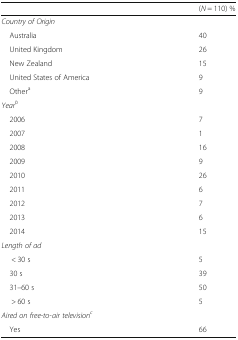
<table><thead><tr><td></td><td><b>(<i>N</i> = 110) %</b></td></tr></thead><tbody><tr><td colspan="2"><i>Country of Origin</i></td></tr><tr><td> Australia</td><td>40</td></tr><tr><td> United Kingdom</td><td>26</td></tr><tr><td> New Zealand</td><td>15</td></tr><tr><td> United States of America</td><td>9</td></tr><tr><td> Other<sup>a</sup></td><td>9</td></tr><tr><td colspan="2"><i>Year</i><sup><i>b</i></sup></td></tr><tr><td> 2006</td><td>7</td></tr><tr><td> 2007</td><td>1</td></tr><tr><td> 2008</td><td>16</td></tr><tr><td> 2009</td><td>9</td></tr><tr><td> 2010</td><td>26</td></tr><tr><td> 2011</td><td>6</td></tr><tr><td> 2012</td><td>7</td></tr><tr><td> 2013</td><td>6</td></tr><tr><td> 2014</td><td>15</td></tr><tr><td colspan="2"><i>Length of ad</i></td></tr><tr><td>&lt; 30 s</td><td>5</td></tr><tr><td> 30 s</td><td>39</td></tr><tr><td> 31–60 s</td><td>50</td></tr><tr><td>&gt; 60 s</td><td>5</td></tr><tr><td colspan="2"><i>Aired on free-to-air television</i><sup><i>c</i></sup></td></tr><tr><td> Yes</td><td>66</td></tr></tbody></table>